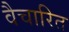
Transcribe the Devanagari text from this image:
वैचारित